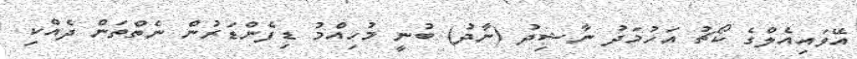
އޭވައިއެލްގެ ކޯޗު އަހުމަދު ނާޝިދު (ނާދު) ބުނީ މުހިއްމު ޑިފެންޑަރުން ނެތްތަން ދެއްކި